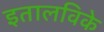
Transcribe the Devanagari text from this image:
इतालविके